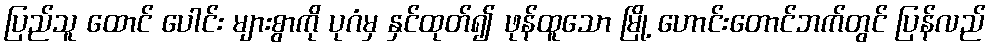
ပြည်သူ ထောင် ပေါင်း များစွာကို ပုဂံမှ နှင်ထုတ်၍ ဖုန်ထူသော မြို့ ဟောင်းတောင်ဘက်တွင် ပြန်လည်